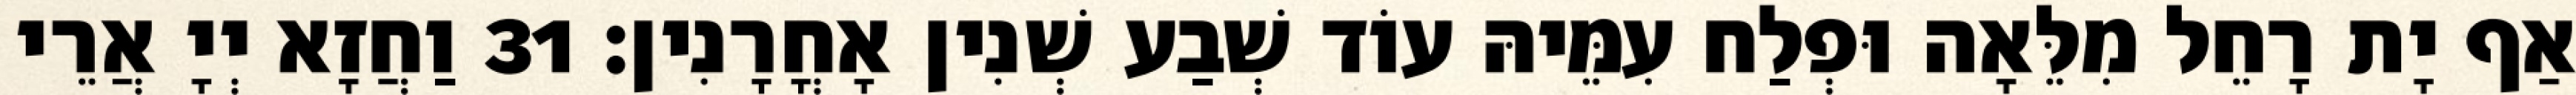
אַף יָת רָחֵל מִלֵּאָה וּפְלַח עִמֵּיהּ עוֹד שְׁבַע שְׁנִין אָחֳרָנִין׃ 31 וַחֲזָא יְיָ אֲרֵי